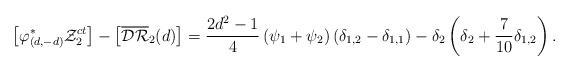
LaTeX: \begin{align*} \left[\varphi^*_{(d,-d)}{\mathcal{Z}}^{ct}_2\right] - \left[\overline{\mathcal{DR}}_2(d)\right] = \frac{2d^2-1}{4}\left(\psi_1+\psi_2 \right)\left(\delta_{1,2}-\delta_{1,1} \right)-\delta_2\left(\delta_2+\frac{7}{10}\delta_{1,2}\right).\end{align*}